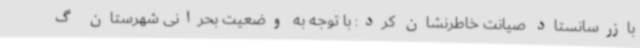
بازرسانستاد صیانت خاطرنشان کرد: با توجه به وضعیت بحرانی شهرستان گ